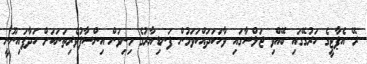
ރޭ އެޕާޓީގެ ހަރުގޭގައި ބޭއްވި ޖަލްސާގައި ވާހަކަދައްކަވަމުން ފަނޑިޔާރުގެ މިނިވަން އިންސާފުވެރިތަނަކަށް ހަދާފައިނޫނީ